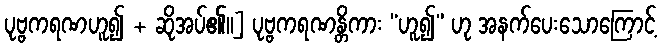
ပုဗ္ဗကရဏဟူ၍ + ဆိုအပ်၏။] ပုဗ္ဗကရဏန္တိကား “ဟူ၍” ဟု အနက်ပေးသောကြောင့်